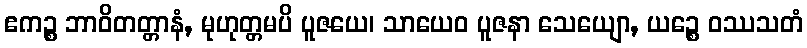
ဧကဉ္စ ဘာဝိတတ္တာနံ, မုဟုတ္တမပိ ပူဇယေ၊ သာယေဝ ပူဇနာ သေယျော, ယဉ္စေ ဝဿသတံ